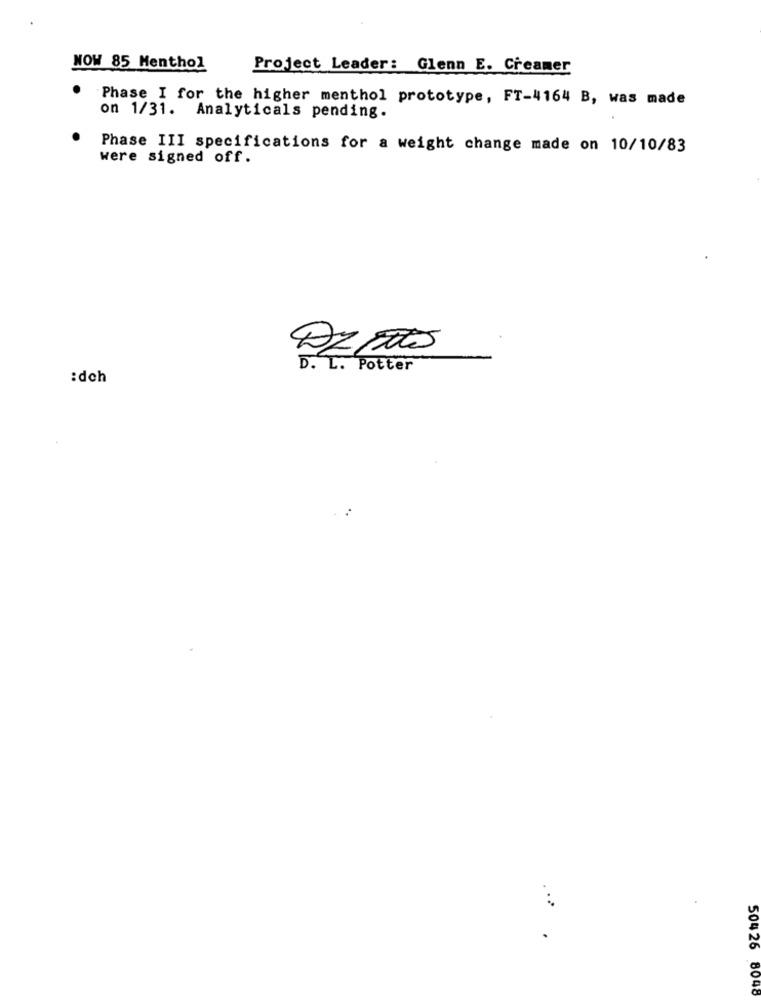
NOW 85 Menthol
Project Leader: Glenn E. Creamer
Phase I for the higher menthol prototype, FT-4164 B, was made
on 1/31. Analyticals pending.
Phase III specifications for a weight change made on 10/10/83
were signed off.
D. L. Potter
:dch
50426 8048